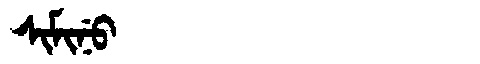
Manchu: ᠰᡳᠮᡳᠨᡠ
Romanization: SIMINU